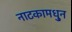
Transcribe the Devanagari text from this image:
नाटकामधु्न